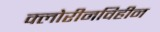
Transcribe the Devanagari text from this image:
क्लोरीनविहीन